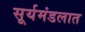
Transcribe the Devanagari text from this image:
सूर्यमंडलात